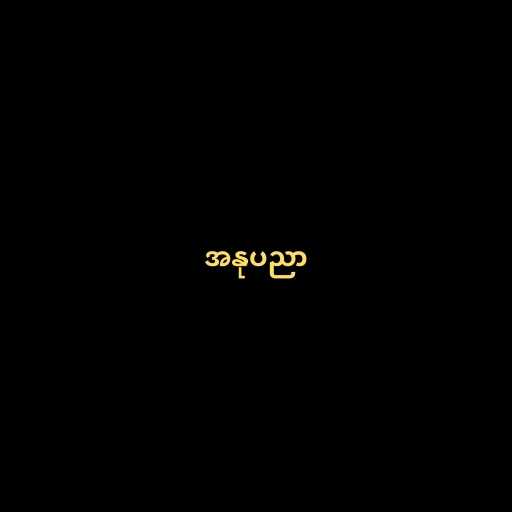
အနုပညာ